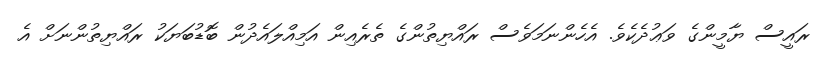
ރައީސް ޔާމީންގެ ވަޢުދެކެވެ. އެހެންނަމަވެސް ރައްޔިތުންގެ ތެރެއިން އަމިއްލައެދުން ބޮޑުބަޔަކު ރައްޔިތުންނަށް އެ